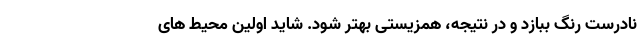
نادرست رنگ ببازد و در نتیجه، همزیستی بهتر شود. شاید اولین محیط های